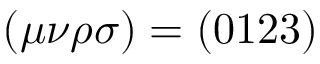
( \mu \nu \rho \sigma ) = ( 0 1 2 3 )